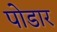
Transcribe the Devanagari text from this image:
पोडार